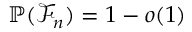
\mathbb { P } ( \mathcal { F } _ { n } ) = 1 - o ( 1 )